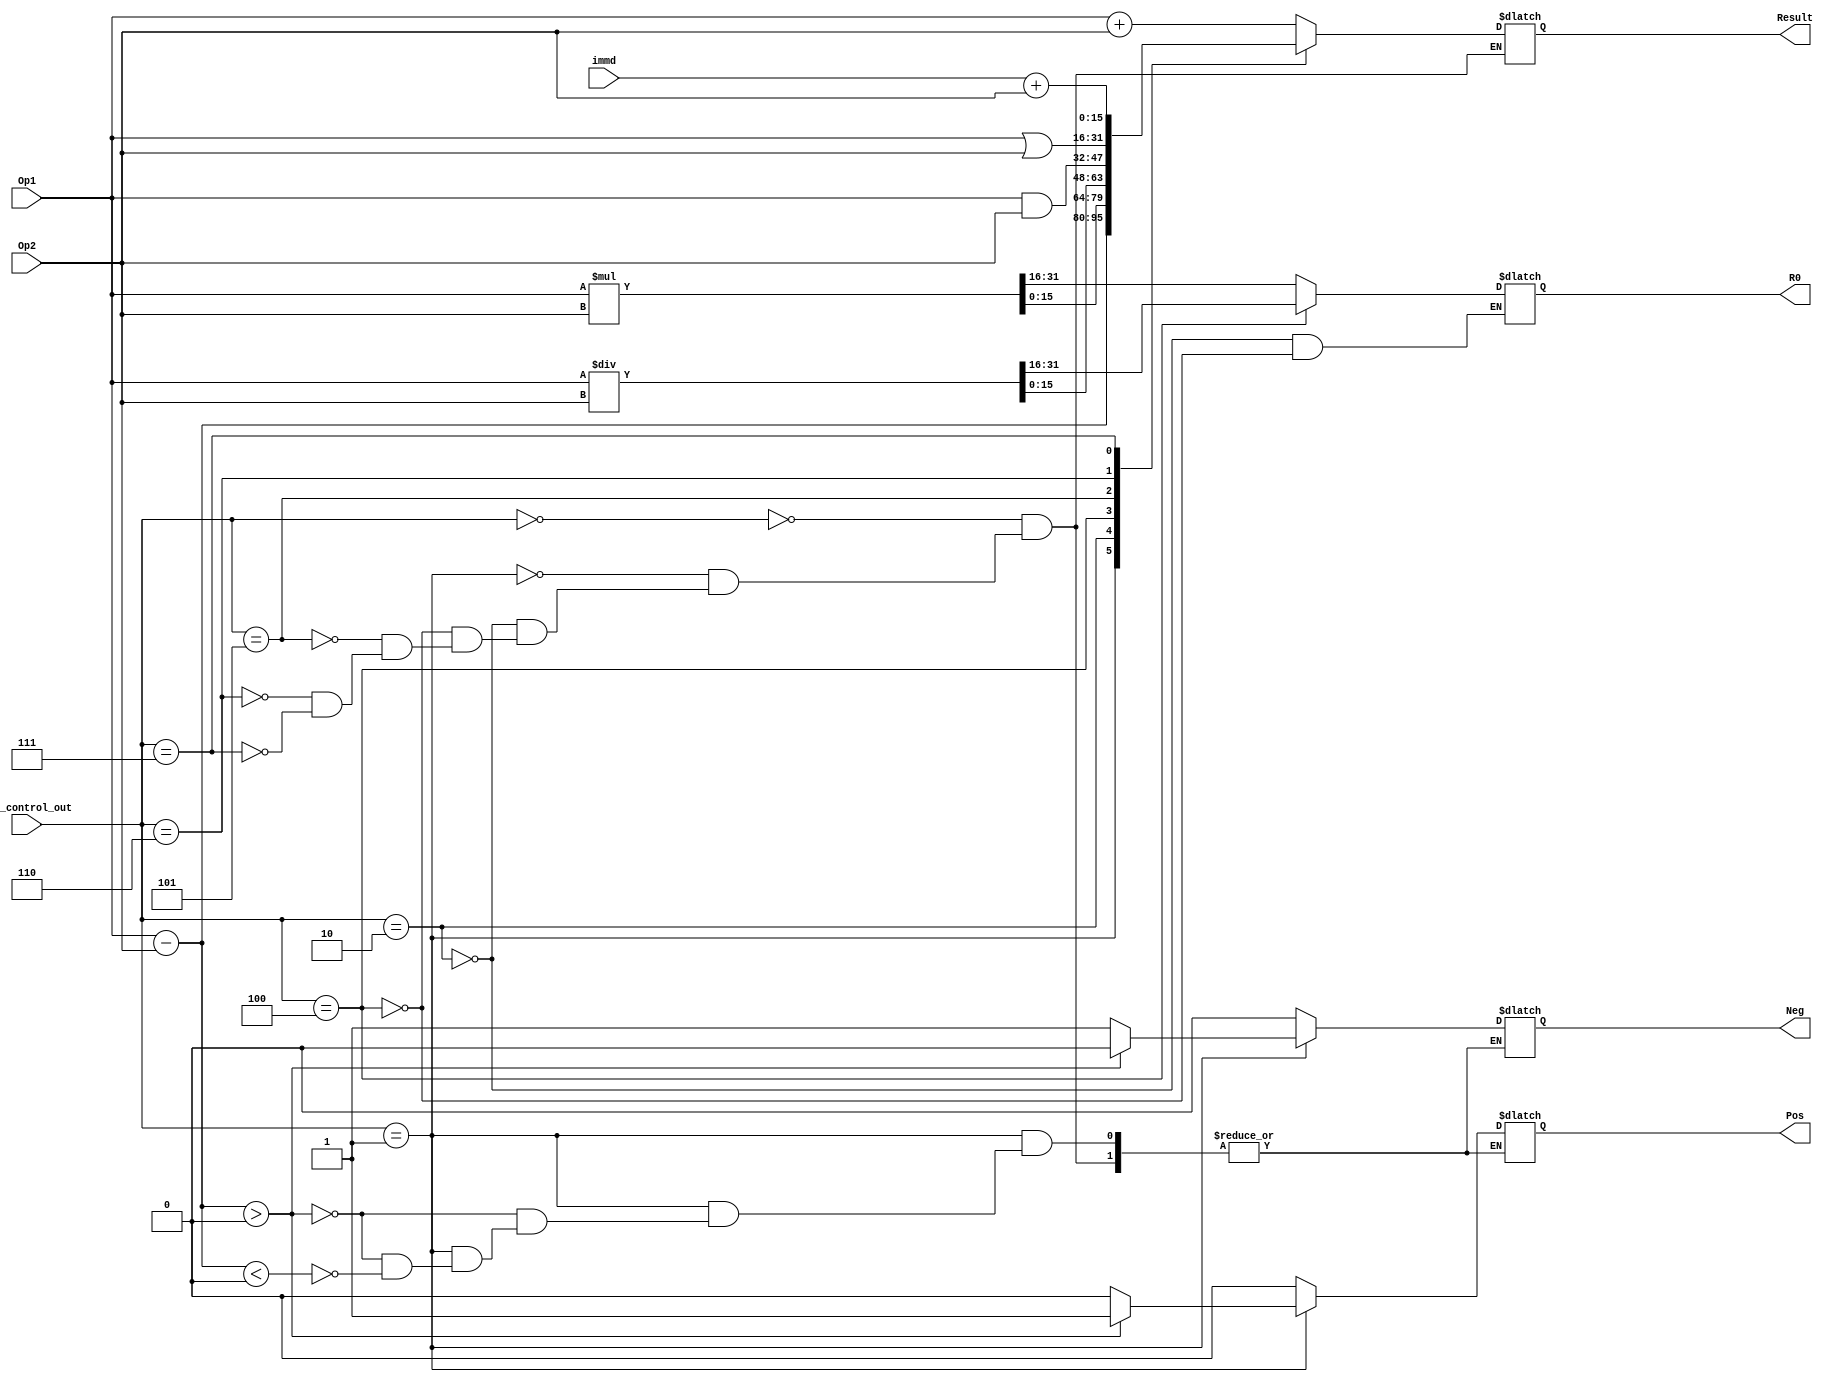
module ALU(
input [2:0] alu_control_out, 
input [15:0] immd, 
input signed [15:0] Op1, 
input signed [15:0] Op2, 
output reg Pos, Neg, 
output reg signed [15:0] R0, Result);

always@(*)
begin
case(alu_control_out)

	3'b000: begin 
			Result = Op1 + Op2;
			Pos = 1'b0; 
			Neg = 1'b0;
			end
	3'b001: begin
			Result = Op1 - Op2;
			if(Result > 0) begin
				Pos = 1'b1; 
				Neg = 1'b0;
				end
			else if(Result < 0) begin
				Pos = 1'b0;
				Neg = 1'b1;
				end
			end
	3'b010: begin
			{R0,Result} = Op1 * Op2;
			Pos = 1'b0;
			Neg = 1'b0;			
			end
	3'b100: begin
			{R0,Result} = Op1 / Op2;
			Pos = 1'b0;
			Neg = 1'b0;			
			end
	3'b101: begin
			Result = Op1 & Op2; 
			Pos = 1'b0;
			Neg = 1'b0;				
			end
	3'b110: begin
			Result = Op1 | Op2;
			Pos = 1'b0;
			Neg = 1'b0;					
			end
	3'b111: begin
			Result = immd + Op2; //load byte unsigned, store byte,
			Pos = 1'b0;
			Neg = 1'b0;			
			end
endcase
end
endmodule